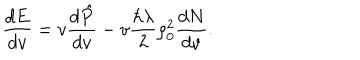
LaTeX: { \frac { d E } { d v } } = v { \frac { d \hat { P } } { d v } } - v { \frac { \hbar \lambda } { 2 } } \rho _ { 0 } ^ { 2 } { \frac { d N } { d v } } .